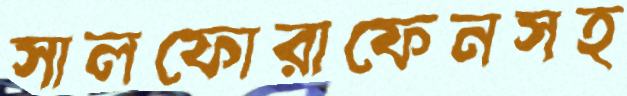
সালফোরাফেনসহ